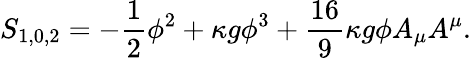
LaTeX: S_{1,0,2}=-\frac{1}{2}\phi^{2}+\kappa g\phi^{3}+\frac{16}{9}\kappa g\phi A_{\mu}A^{\mu}.